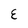
Character: E